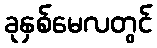
ခုနှစ်မေလတွင်